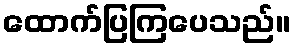
ထောက်ပြကြပေသည်။